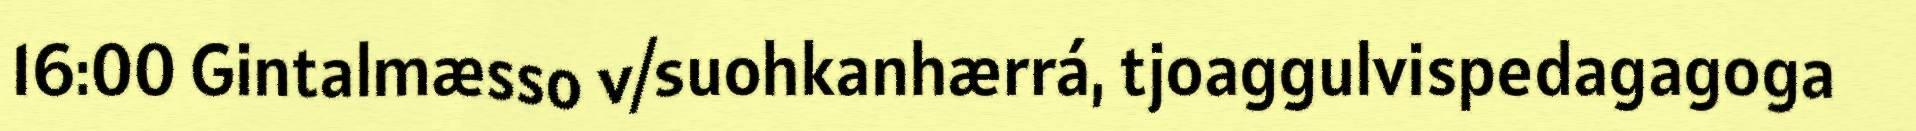
16:00 Gintalmæsso v/suohkanhærrá, tjoaggulvispedagagoga